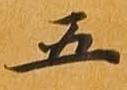
五